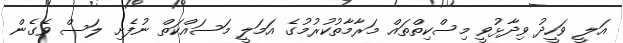
އަލީ ވަހީދު ވިދާޅުވީ މިސްކިތްތައް މަރާމާތުކުރުމުގެ އަމަލީ މަސައްކަތް ނުފެށި ލަސް ވެގެން